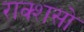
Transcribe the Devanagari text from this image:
राक्शसो